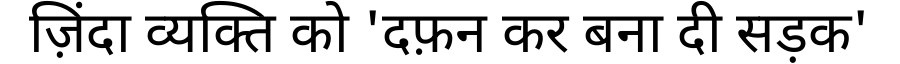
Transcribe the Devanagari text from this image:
ज़िंदा व्यक्ति को 'दफ़न कर बना दी सड़क'